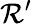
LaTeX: \mathcal{R}^{\prime}